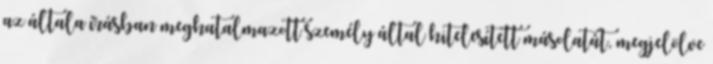
az általa írásban meghatalmazott személy által hitelesített másolatát, megjelölve